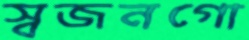
স্বজনগো